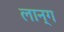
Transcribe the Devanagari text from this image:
लान्ग